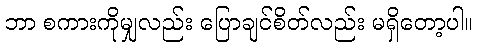
ဘာ စကားကိုမျှလည်း ပြောချင်စိတ်လည်း မရှိတော့ပါ။